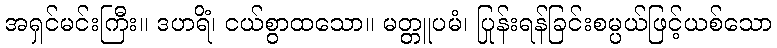
အရှင်မင်းကြီး။ ဒဟရိံ၊ ငယ်စွာထသော။ မတ္တူပမံ၊ ပြုန်းရန်ခြင်းစမ္ပယ်ဖြင့်ယစ်သော